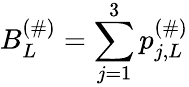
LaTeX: B_{L}^{(\# )}=\sum_{j=1}^{3}p_{j,L}^{(\# )}